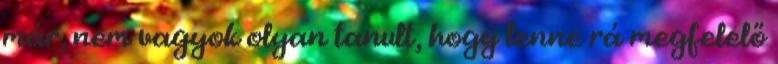
már, nem vagyok olyan tanult, hogy lenne rá megfelelő